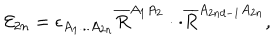
{ \cal E } _ { 2 n } = \epsilon _ { A _ { 1 } . . . A _ { 2 n } } \overline { { { R } } } ^ { A _ { 1 } A _ { 2 } } \cdot \cdot \overline { { { R } } } ^ { A _ { 2 n d - 1 } A _ { 2 n } } ,